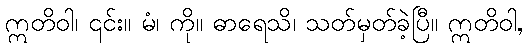
ဣတိဝါ၊ ၎င်း။ မံ၊ ကို။ ဓာရေသိ၊ သတ်မှတ်ခဲ့ပြီ။ ဣတိဝါ,